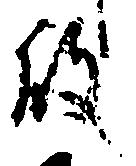
殿